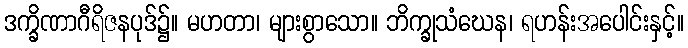
ဒက္ခိဏာဂီရိဇနပုဒ်၌။ မဟတာ၊ များစွာသော။ ဘိက္ခုသံဃေန၊ ရဟန်းအပေါင်းနှင့်။